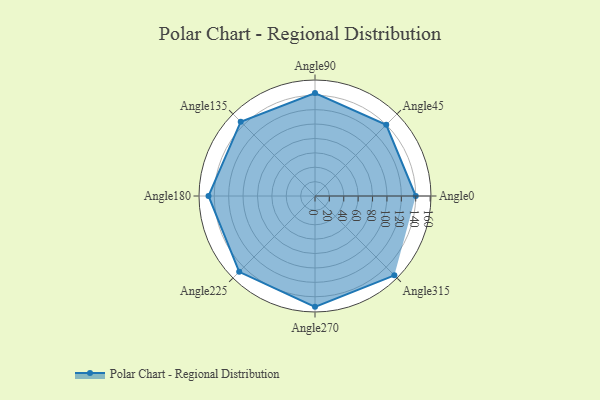
{"axis": {"x": "Angle", "y": "Radius"}, "legend": [""], "data": [{"x": "Angle0", "y": 140.0, "type": ""}, {"x": "Angle45", "y": 140.0, "type": ""}, {"x": "Angle90", "y": 143.0, "type": ""}, {"x": "Angle135", "y": 146.0, "type": ""}, {"x": "Angle180", "y": 148.0, "type": ""}, {"x": "Angle225", "y": 149.0, "type": ""}, {"x": "Angle270", "y": 154.0, "type": ""}, {"x": "Angle315", "y": 156.0, "type": ""}]}